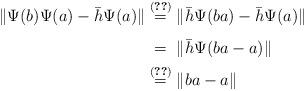
LaTeX: \begin{align*}\|\Psi(b)\Psi(a)-\bar{h}\Psi(a)\|&\overset{\eqref{eq: h3}}{=}\|\bar{h}\Psi(ba)-\bar{h}\Psi(a)\|\\ &\overset{\phantom{\eqref{eq: h3}}}{=}\|\bar{h}\Psi(ba-a)\|\\ &\overset{\eqref{eq: h2}}{=} \|ba-a\|\end{align*}